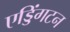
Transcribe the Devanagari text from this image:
एड्डिंगटन